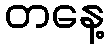
တနေ့